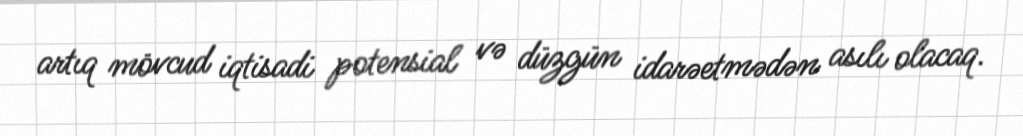
artıq mövcud iqtisadi potensial və düzgün idarəetmədən asılı olacaq.